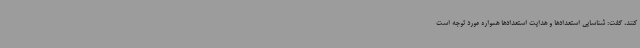
کنند، گفت: شناسایی استعدادها و هدایت استعدادها همواره مورد توجه است